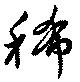
稀